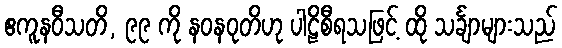
ဧကူနဝီသတိ, ၉၉ ကို နဝနဝုတိဟု ပါဠိစီရသဖြင့် ထို သင်္ချာများသည်